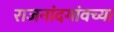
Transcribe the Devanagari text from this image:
राजनांदगांवच्या